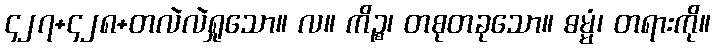
၄၂၇+၄၂၈+တလဲလဲရှုသော။ လ။ ကိဉ္စ၊ တစုတခုသော။ ဓမ္မံ၊ တရားကို။